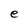
Character: e